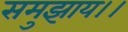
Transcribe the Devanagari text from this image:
समुझाय।।